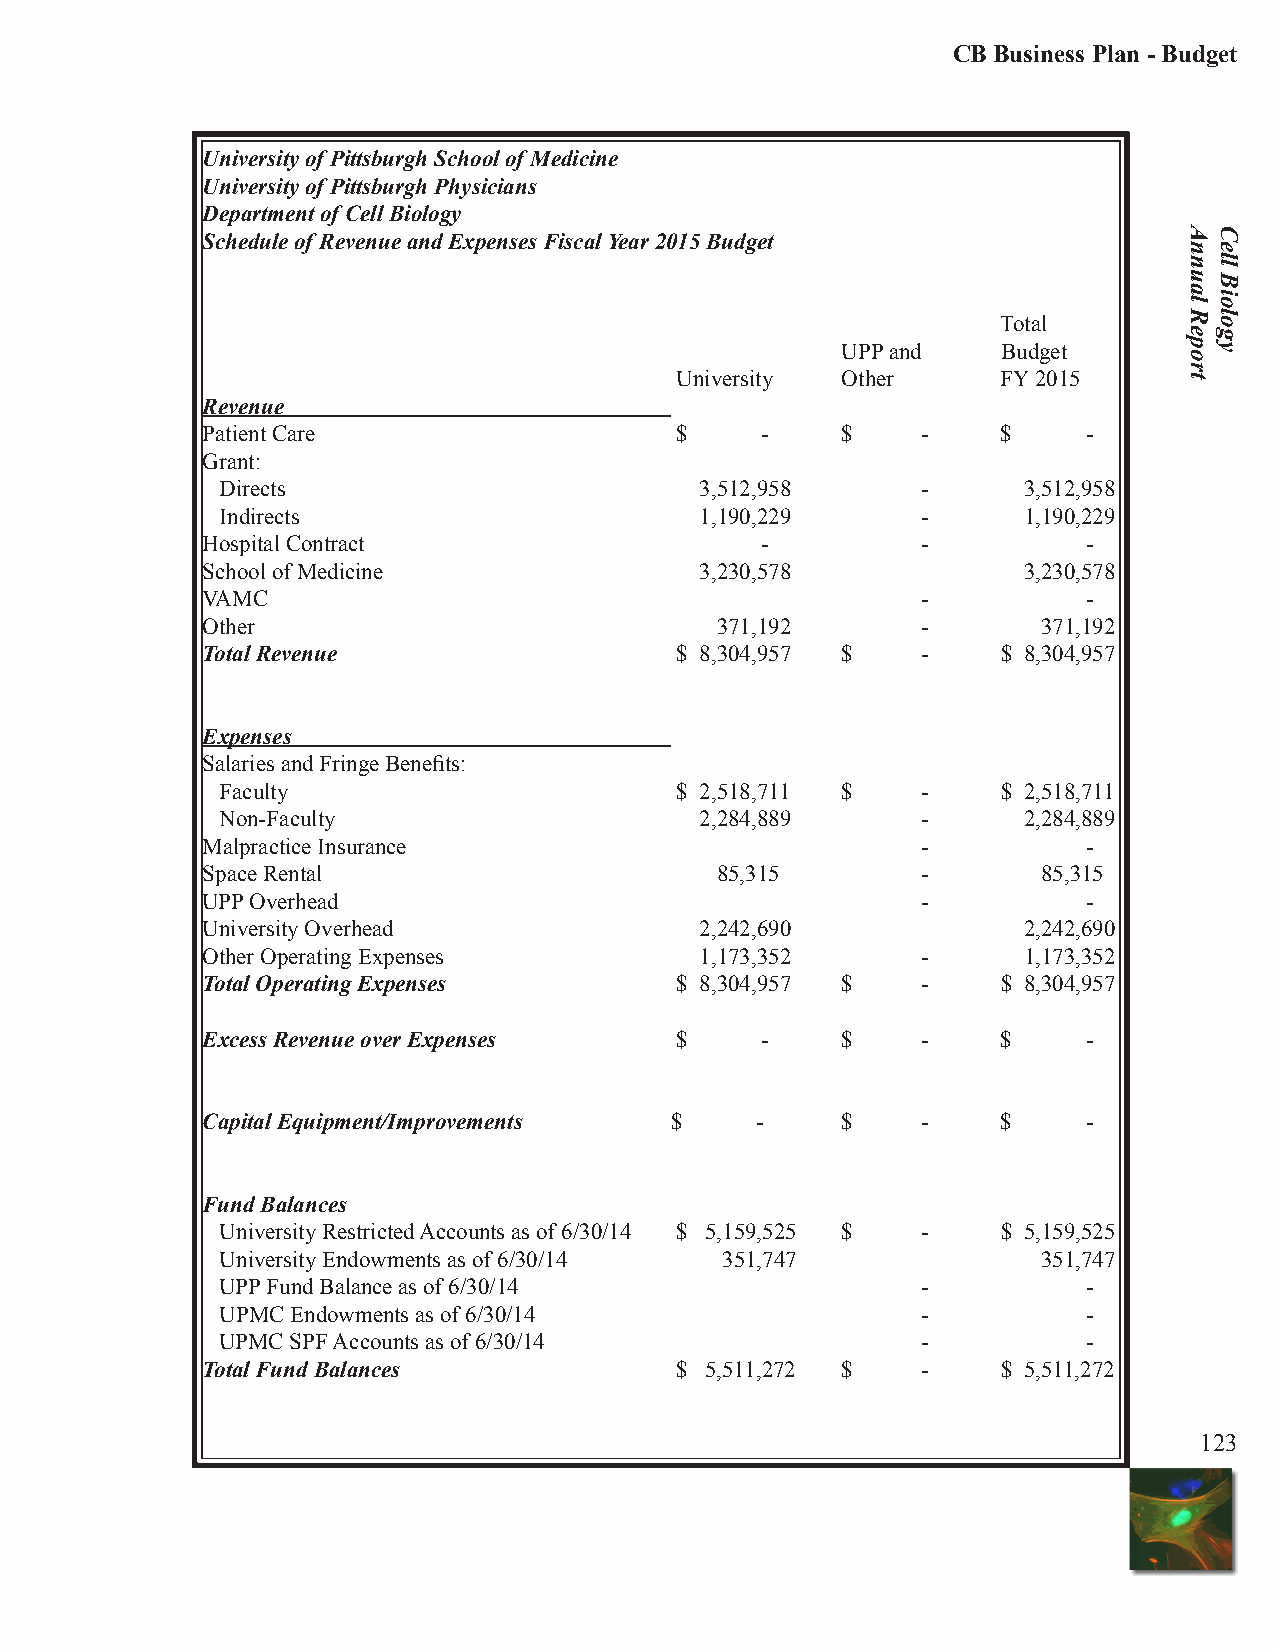
CB Business Plan - Budget
 University of Pittsburgh School of Medicine
 University of Pittsburgh Physicians
 Department of Cell Biology
 Schedule of Revenue and Expenses Fiscal Year 2015 Budget
 Total
 UPP and   Budget
 University Other     FY 2015
 Revenue
 Patient Care                    $    -     $    -    $     -
 Grant:
 Directs                        3,512,958      -      3,512,958
 Indirects                      1,190,229      -      1,190,229
 Hospital Contract                    -          -          -
 School of Medicine               3,230,578             3,230,578
 VAMC                                            -          -
 Other                             371,192       -       371,192
 Total Revenue                   $ 8,304,957 $   -    $ 8,304,957
 Expenses
 Salaries and Fringe Benefits:
 Faculty                       $ 2,518,711 $   -    $ 2,518,711
 Non-Faculty                    2,284,889      -      2,284,889
 Malpractice Insurance                           -          -
 Space Rental                      85,315        -       85,315
 UPP Overhead                                    -          -
 University Overhead              2,242,690             2,242,690
 Other Operating Expenses         1,173,352      -      1,173,352
 Total Operating Expenses        $ 8,304,957 $   -    $ 8,304,957
 Excess Revenue over Expenses    $    -     $    -    $     -
 Capital Equipment/Improvements $     -     $    -    $     -
 Fund Balances
 University Restricted Accounts as of 6/30/14 $ 5,159,525 $ - $ 5,159,525
 University Endowments as of 6/30/14 351,747           351,747
 UPP Fund Balance as of 6/30/14                -          -
 UPMC Endowments as of 6/30/14                 -          -
 UPMC SPF Accounts as of 6/30/14               -          -
 Total Fund Balances             $ 5,511,272 $   -    $ 5,511,272
 123
 Annual
 Report
 Cell
 Biology